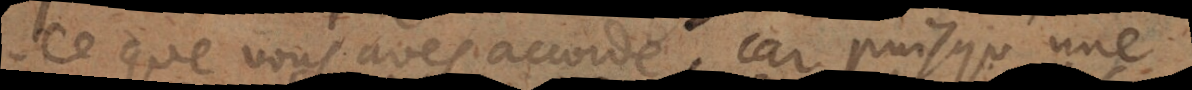
ce que vous aves accordé, car puisqu’une